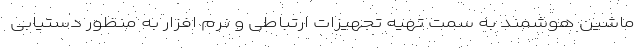
ماشین هوشمند به سمت تهیه تجهیزات ارتباطی و نرم افزار به منظور دستیابی